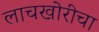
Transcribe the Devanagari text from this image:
लाचखोरीचा